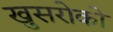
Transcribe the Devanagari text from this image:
खुसरोको